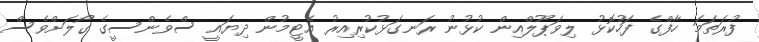
ފުރަތަމަ ހާފްގެ ފަހުކޮޅު ލިވަޕޫލްއިން ކުޅުނު ރަނގަޅުކުރިއިރު އެޓީމުން ދިޔައީ ސްވެންސީގެ ގޯލަށްވެސް